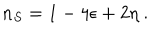
n _ { S } = 1 - 4 \epsilon + 2 \eta ~ .